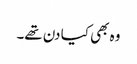
وہ بھی کیا دن تھے۔